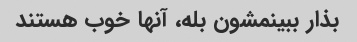
بذار ببینمشون بله، آنها خوب هستند